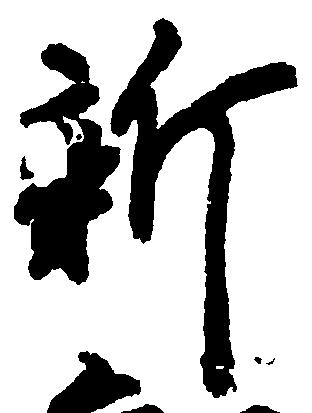
新